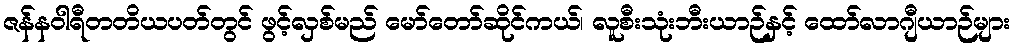
ဇန်နဝါရီတတိယပတ်တွင် ဖွင့်လှစ်မည် မော်တော်ဆိုင်ကယ်၊ လူစီးသုံးဘီးယာဉ်နှင့် ထော်လာဂျီယာဉ်များ